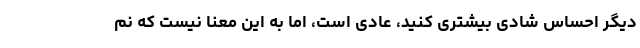
دیگر احساس شادی بیشتری کنید، عادی است، اما به این معنا نیست که نم